Vaccine operations Central Provinces 1868-1885 - 1868-1885
Year: 1868
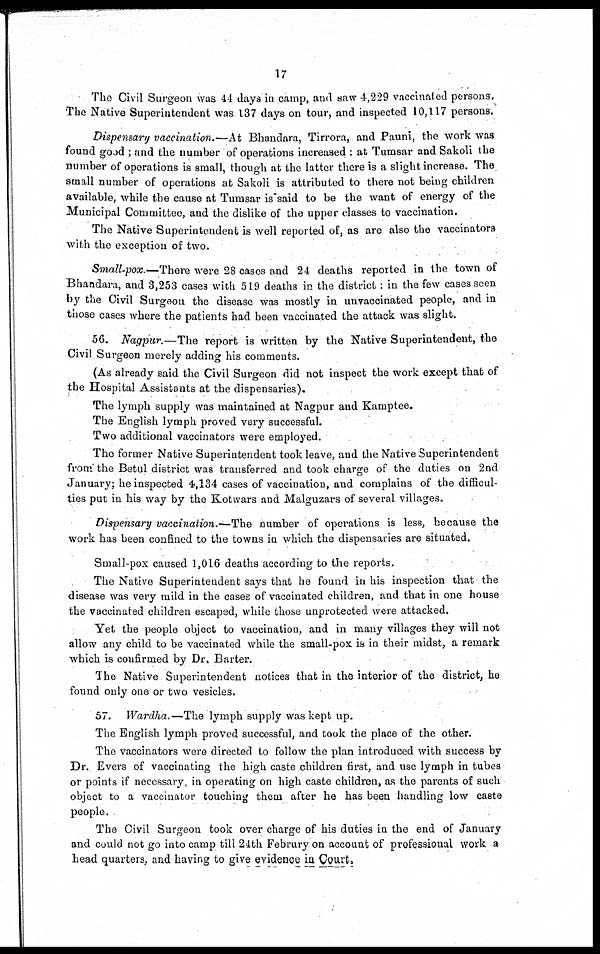
17
The Civil Surgeon was 44 days in camp, and saw 4,229 vaccinated persons.
The Native Superintendent was 137 days on tour, and inspected 10,117 persons.
Dispensary vaccination.—At Bhandara, Tirrora, and Pauni, the work was
found good ; and the number of operations increased : at Tumsar and Sakoli the
number of operations is small, though at the latter there is a slight increase. The
small number of operations at Sakoli is attributed to there not being children
available, while the cause at Tumsar is said to be the want of energy of the
Municipal Committee, and the dislike of the upper classes to vaccination.
The Native Superintendent is well reported of, as are also the vaccinators
with the exception of two.
Small-pox.—There were 28 cases and 24 deaths reported in the town of
Bhandara, and 3,253 cases with 519 deaths in the district: in the few cases seen
by the Civil Surgeon the disease was mostly in unvaccinated people, and in
those cases where the patients had been vaccinated the attack was slight.
56. Nagpur.—The report is written by the Native Superintendent, the
Civil Surgeon merely adding his comments.
(As already said the Civil Surgeon did not inspect the work except that of
the Hospital Assistants at the dispensaries).
The lymph supply was maintained at Nagpur and Kamptee.
The English lymph proved very successful.
Two additional vaccinators were employed.
The former Native Superintendent took leave, and the Native Superintendent
from the Betul district was transferred and took charge of the duties on 2nd
January; he inspected 4,134 cases of vaccination, and complains of the difficul-
ties put in his way by the Kotwars and Malguzars of several villages.
Dispensary vaccination.-—The number of operations is less, because the
work has been confined to the towns in which the dispensaries are situated.
Small-pox caused 1,016 deaths according to the reports.
The Native Superintendent says that he found in his inspection that the
disease was very mild in the cases of vaccinated children, and that in one house
the vaccinated children escaped, while those unprotected were attacked.
Yet the people object to vaccination, and in many villages they will not
allow any child to be vaccinated while the small-pox is in their midst, a remark
which is confirmed by Dr. Barter.
The Native Superintendent notices that in the interior of the district, he
found only one or two vesicles.
57. Wardha.—The lymph supply was kept up.
The English lymph proved successful, and took the place of the other.
The vaccinators were directed to follow the plan introduced with success by
Dr. Evers of vaccinating the high caste children first, and use lymph in tubes
or points if necessary, in operating on high caste children, as the parents of such
object to a vaccinator touching them after he has been handling low caste
people.
The Civil Surgeon took over charge of his duties in the end of January
and could not go into camp till 24th Februry on account of professional work a
head quarters, and having to give evidence in Court.